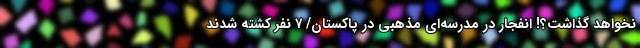
نخواهد گذاشت؟! انفجار در مدرسه‌ای مذهبی در پاکستان/ ۷ نفر کشته شدند